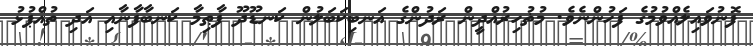
ފޮނުވައިލެއްވުމުގެ ފަހުންނެވެ. މުޡުހިރުއްދީން ރަދުންގެ އަނބިކަބަލުން ކަނޑޫދޫ ފާޠިމާ ކަނބާފާނާއި އަދި ތުއްޕުޅު